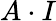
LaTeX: A\cdot I